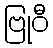
ဗြုဝီ